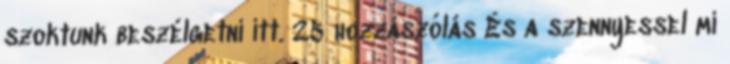
szoktunk beszélgetni itt. 25 hozzászólás És a szennyessel mi